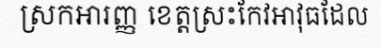
ស្រកអារញ្ញ ខេត្តស្រះកែវអាវុធដែល